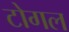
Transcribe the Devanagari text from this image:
टोगल